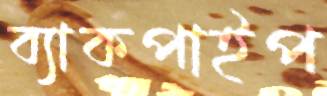
ব্যাকপাইপ